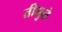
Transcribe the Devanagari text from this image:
तीमुळे